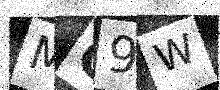
Text: MC9W